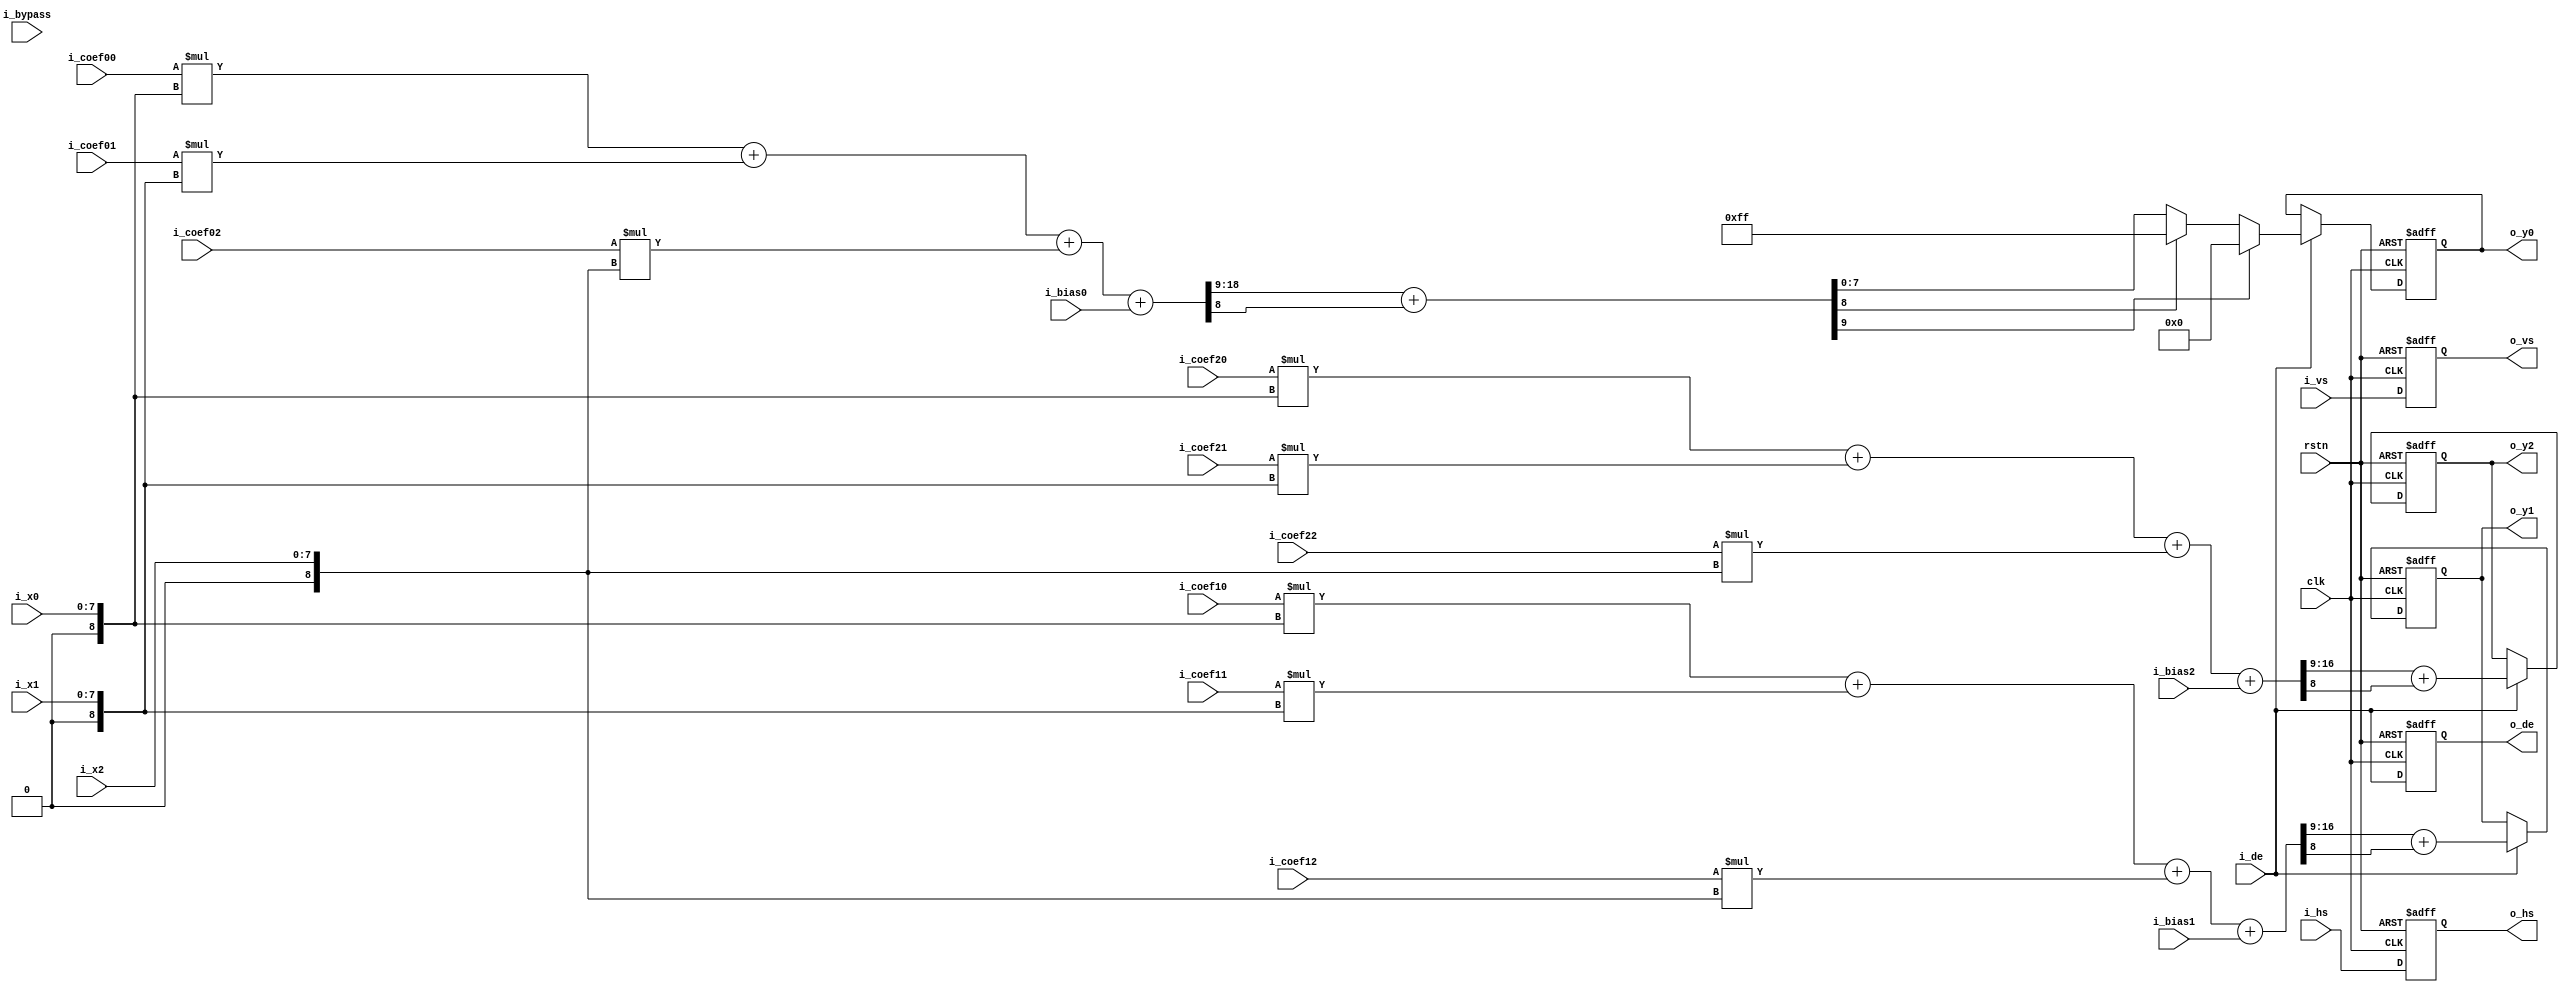
// ./list_rtl.f

module csc_mat_mul_3x3 
#(
  parameter DATA_WIDTH  = 8 ,
  parameter COEF_WIDTH  = 10,
  parameter BIAS_WIDTH  = 8 ,
  parameter RL          = 9
)
(
  input                              clk     ,
  input                              rstn    ,

  input                              i_bypass,
  input  signed     [COEF_WIDTH-1:0] i_coef00,
  input  signed     [COEF_WIDTH-1:0] i_coef01,
  input  signed     [COEF_WIDTH-1:0] i_coef02,
  input  signed     [COEF_WIDTH-1:0] i_coef10,
  input  signed     [COEF_WIDTH-1:0] i_coef11,
  input  signed     [COEF_WIDTH-1:0] i_coef12,
  input  signed     [COEF_WIDTH-1:0] i_coef20,
  input  signed     [COEF_WIDTH-1:0] i_coef21,
  input  signed     [COEF_WIDTH-1:0] i_coef22,
  input  signed     [BIAS_WIDTH-1:0] i_bias0 ,
  input  signed     [BIAS_WIDTH-1:0] i_bias1 ,
  input  signed     [BIAS_WIDTH-1:0] i_bias2 ,
  input                              i_vs    ,
  input                              i_hs    ,
  input                              i_de    ,
  input             [DATA_WIDTH-1:0] i_x0    ,
  input             [DATA_WIDTH-1:0] i_x1    ,
  input             [DATA_WIDTH-1:0] i_x2    ,
  output        reg                  o_vs    ,
  output        reg                  o_hs    ,
  output        reg                  o_de    ,
  output        reg [DATA_WIDTH-1:0] o_y0    ,
  output reg signed [DATA_WIDTH-1:0] o_y1    ,
  output reg signed [DATA_WIDTH-1:0] o_y2    
);
  //=============================================================
  // Part 1. Sign Extension
  //==============================================================
  wire signed [DATA_WIDTH:0] w_x0 = {1'b0, i_x0};
  wire signed [DATA_WIDTH:0] w_x1 = {1'b0, i_x1};
  wire signed [DATA_WIDTH:0] w_x2 = {1'b0, i_x2};

  //=============================================================
  // Part 2. Calc Matrix Multiply
  //==============================================================
  wire signed [DATA_WIDTH+COEF_WIDTH:0] w_y0 = i_coef00 * w_x0 + i_coef01 * w_x1 + i_coef02 * w_x2 + i_bias0;
  wire signed [DATA_WIDTH+COEF_WIDTH:0] w_y1 = i_coef10 * w_x0 + i_coef11 * w_x1 + i_coef12 * w_x2 + i_bias1;
  wire signed [DATA_WIDTH+COEF_WIDTH:0] w_y2 = i_coef20 * w_x0 + i_coef21 * w_x1 + i_coef22 * w_x2 + i_bias2;

  //=============================================================
  // Part 3. Round Function
  //==============================================================
  wire signed [DATA_WIDTH+1:0] w_y0_r = w_y0[RL+:DATA_WIDTH+2] + w_y0[RL-1];
  wire signed [DATA_WIDTH+1:0] w_y1_r = w_y1[RL+:DATA_WIDTH+2] + w_y1[RL-1];
  wire signed [DATA_WIDTH+1:0] w_y2_r = w_y2[RL+:DATA_WIDTH+2] + w_y2[RL-1];

  //=============================================================
  // Part 4. Cilp Function
  //==============================================================
  wire signed [DATA_WIDTH-1:0] w_y0_c = w_y0_r[DATA_WIDTH+1] ? 'd0 : w_y0_r[DATA_WIDTH] ? {DATA_WIDTH{1'b1}} : w_y0_r[DATA_WIDTH-1:0];
  
  //=============================================================
  // Part 5. Output Mapping
  //==============================================================
  always @(posedge clk, negedge rstn) begin
    if(!rstn) begin
      o_vs <= 1'b0;
      o_hs <= 1'b0;
      o_de <= 1'b0;
    end
    else begin
      o_vs <= i_vs;
      o_hs <= i_hs;
      o_de <= i_de;
    end
  end

  always @(posedge clk, negedge rstn) begin
    if(!rstn) begin
      o_y0 <= 0;
      o_y1 <= 0;
      o_y2 <= 0;
    end
    else if(i_de) begin
      o_y0 <= w_y0_c;
      o_y1 <= w_y1_r[DATA_WIDTH-1:0];
      o_y2 <= w_y2_r[DATA_WIDTH-1:0];
    end
  end

endmodule